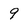
Character: 9